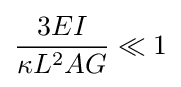
{\frac {3EI}{\kappa L^{2}AG}}\ll 1